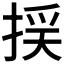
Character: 𢯉